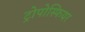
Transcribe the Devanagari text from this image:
ट्रोपोस्फियर